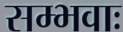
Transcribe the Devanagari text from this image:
सम्भवाः